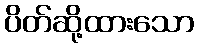
ပိတ်ဆို့ထားသော